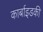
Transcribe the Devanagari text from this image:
कार्बाइडकी